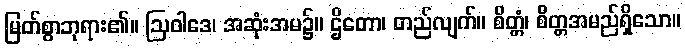
မြတ်စွာဘုရား၏။ ဩဝါဒေ၊ အဆုံးအမ၌။ ဌိတော၊ တည်လျက်။ စိတ္တံ၊ စိတ္တအမည်ရှိသော။